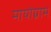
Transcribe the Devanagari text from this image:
मायोग्राम